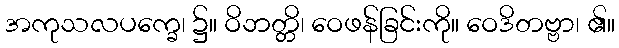
အကုသလပက္ခေ၊ ၌။ ဝိဘတ္တိ၊ ဝေဖန်ခြင်းကို။ ဝေဒိတဗ္ဗာ၊ ၏။